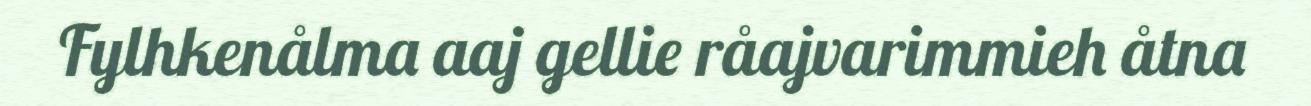
Fylhkenålma aaj gellie råajvarimmieh åtna